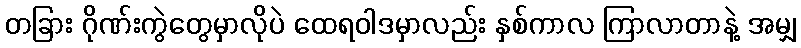
တခြား ဂိုဏ်းကွဲတွေမှာလိုပဲ ထေရဝါဒမှာလည်း နှစ်ကာလ ကြာလာတာနဲ့ အမျှ